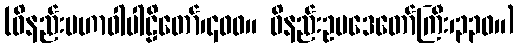
(ဝိနည်းမဟာဝါပါဠိတော်၊၄၀၀။ ဝိနည်းဥပဒေတော်ကြီး၊၃၃၀။)